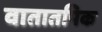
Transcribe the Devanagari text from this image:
वातातपिक